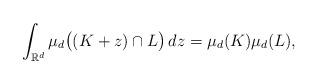
LaTeX: \begin{align*}\int_{\mathbb{R}^d} \mu_d\bigl((K+z) \cap L\bigr) \,dz = \mu_d(K) \mu_d(L),\end{align*}